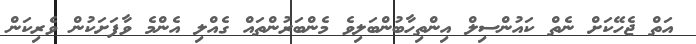
އަތް ޖެހޭކަށް ނެތް ކައުންސިލް އިންތިހާބުންބަލިވެ މެންބަރުންތައް ގެއްލި އެންމެ ވާފަށަކުން ވެރިކަން